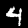
Label: 4